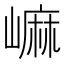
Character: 𡻥